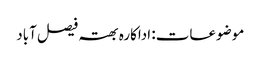
موضوعات: اداکارہ بھتہ فیصل آباد